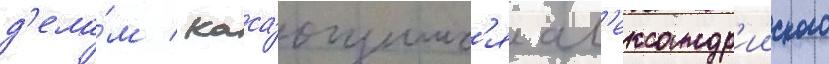
д'ела́м / каса́ющимс'я ал'ександр'ииского